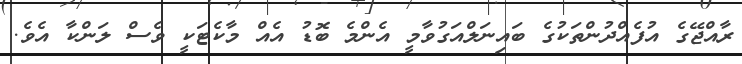
ރާއްޖޭގެ އުފެއްދުންތަކުގެ ބައިނަލްއަގުވާމީ އެންމެ ބޮޑު އެއް މާކެޓަކީ ވެސް ލަންކާ އެވެ.